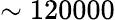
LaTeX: \sim 120000